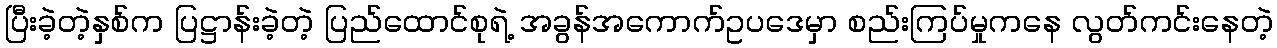
ပြီးခဲ့တဲ့နှစ်က ပြဋ္ဌာန်းခဲ့တဲ့ ပြည်ထောင်စုရဲ့ အခွန်အကောက်ဥပဒေမှာ စည်းကြပ်မှုကနေ လွတ်ကင်းနေတဲ့